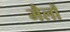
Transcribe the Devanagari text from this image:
मैलों